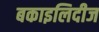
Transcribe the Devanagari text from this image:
बकाइलिदीज